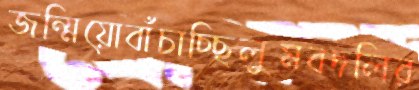
জন্মিয়োবাঁচাচ্ছিলুমবদলির